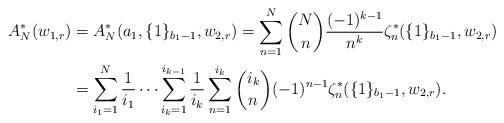
LaTeX: \begin{align*}A_{N}^{\ast}(w_{1,r}) & = A_{N}^{\ast}(a_{1},\{1\}_{b_{1}-1},w_{2,r}) = \sum_{n=1}^{N}\binom{N}{n}\frac{(-1)^{k-1}}{n^{k}}\zeta^{\ast}_{n}(\{1\}_{b_1-1},w_{2,r}) \\&=\sum_{i_1=1}^{N}\frac{1}{i_1}\dots \sum_{i_{k}=1}^{i_{k-1}}\frac1{i_{k}}\sum_{n=1}^{i_{k}}\binom{i_{k}}{n}(-1)^{n-1}\zeta^{\ast}_{n}(\{1\}_{b_1-1},w_{2,r}). \end{align*}